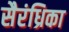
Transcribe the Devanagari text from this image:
सैरंध्रिका